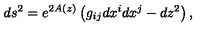
d s ^ { 2 } = e ^ { 2 A ( z ) } \left( g _ { i j } d x ^ { i } d x ^ { j } - d z ^ { 2 } \right) ,